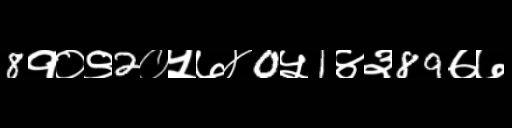
Text: 8१०९2०५७४0५1४३89७७